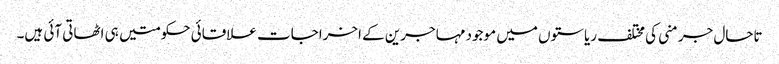
تاحال جرمنی کی مختلف ریاستوں میں موجود مہاجرین کے اخراجات علاقائی حکومتیں ہی اٹھاتی آئی ہیں۔